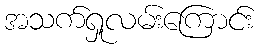
အသက်ရှုလမ်းကြောင်း